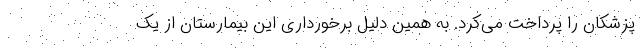
پزشکان را پرداخت می‌کرد. به همین دلیل برخورداری این بیمارستان از یک